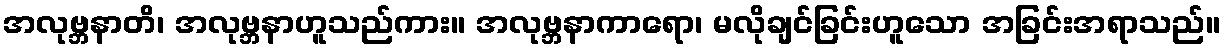
အလုဗ္ဘနာတိ၊ အလုဗ္ဘနာဟူသည်ကား။ အလုဗ္ဘနာကာရော၊ မလိုချင်ခြင်းဟူသော အခြင်းအရာသည်။